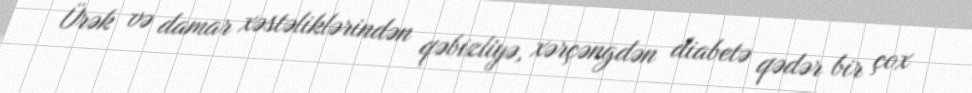
Ürək və damar xəstəliklərindən qəbizliyə, xərçəngdən diabetə qədər bir çox